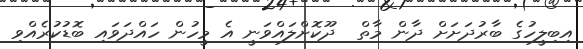
އިބިލީހުގެ ބާރުދަށަށް ދާން މާތް  ދޫކޮށްލައްވަނީ އެ މީހުން ހައްދަވައި ބޮޑުކުރެއްވި